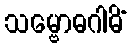
သမ္ဗောဓဂါမိံ